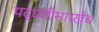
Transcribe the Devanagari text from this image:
पद्धतीसारखेच